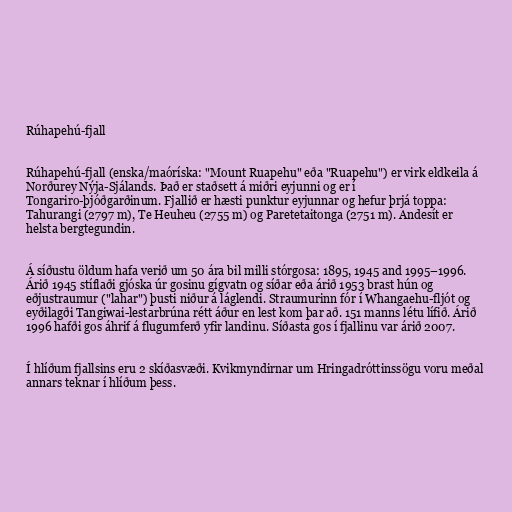
Rúhapehú-fjall

Rúhapehú-fjall (enska/maóríska: "Mount Ruapehu" eða "Ruapehu") er virk eldkeila á
Norðurey Nýja-Sjálands. Það er staðsett á miðri eyjunni og er í
Tongariro-þjóðgarðinum. Fjallið er hæsti punktur eyjunnar og hefur þrjá toppa:
Tahurangi (2797 m), Te Heuheu (2755 m) og Paretetaitonga (2751 m). Andesít er
helsta bergtegundin.

Á síðustu öldum hafa verið um 50 ára bil milli stórgosa: 1895, 1945 and 1995–1996.
Árið 1945 stíflaði gjóska úr gosinu gígvatn og síðar eða árið 1953 brast hún og
eðjustraumur ("lahar") þusti niður á láglendi. Straumurinn fór í Whangaehu-fljót og
eyðilagði Tangiwai-lestarbrúna rétt áður en lest kom þar að. 151 manns létu lífið. Árið
1996 hafði gos áhrif á flugumferð yfir landinu. Síðasta gos í fjallinu var árið 2007.

Í hlíðum fjallsins eru 2 skíðasvæði. Kvikmyndirnar um Hringadróttinssögu voru meðal
annars teknar í hlíðum þess.